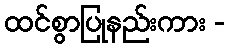
ထင်စွာပြုနည်းကား -